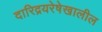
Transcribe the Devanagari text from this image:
दारिद्रयरेषेखालील